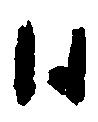
日